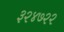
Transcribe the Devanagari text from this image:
३२४७२२